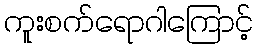
ကူးစက်ရောဂါကြောင့်